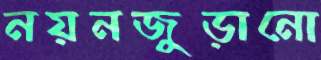
নয়নজুড়ানো